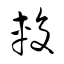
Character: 輹